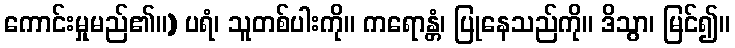
ကောင်းမှုမည်၏။) ပရံ၊ သူတစ်ပါးကို။ ကရောန္တံ၊ ပြုနေသည်ကို။ ဒိသွာ၊ မြင်၍။